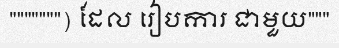
""""""") ដែល រៀបការ ជាមួយ"""